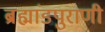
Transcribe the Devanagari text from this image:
ब्रह्मांडपुराणी